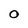
Character: 0